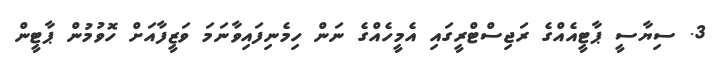
3. ސިޔާސީ ޕާޓީއެއްގެ ރަޖިސްޓްރީގައި އެމީހެއްގެ ނަން ހިމެނިފައިވާނަމަ ވަޒީފާއަށް ހޮވުމުން ޕާޓީން